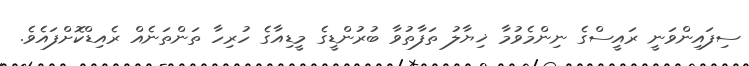
ސިފައިންވަނީ ރައީސްގެ ނިންމެވުމާ ޚިޔާލު ތަފާތުވާ ބުރުންޑީގެ މީޑިއާގެ ހުރިހާ ތަންތަނެއް ރެއިޑްކޮށްފައެވެ.